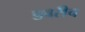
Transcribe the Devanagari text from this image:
डवरीच